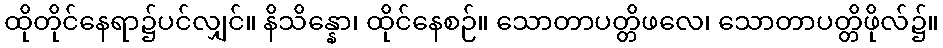
ထိုတိုင်နေရာ၌ပင်လျှင်။ နိသိန္နော၊ ထိုင်နေစဉ်။ သောတာပတ္တိဖလေ၊ သောတာပတ္တိဖိုလ်၌။